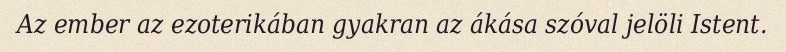
Az ember az ezoterikában gyakran az ákása szóval jelöli Istent.